Sanitation, dispensaries and jails vaccination Rajputana 1922-1927 - 1922-1927
Year: 1922
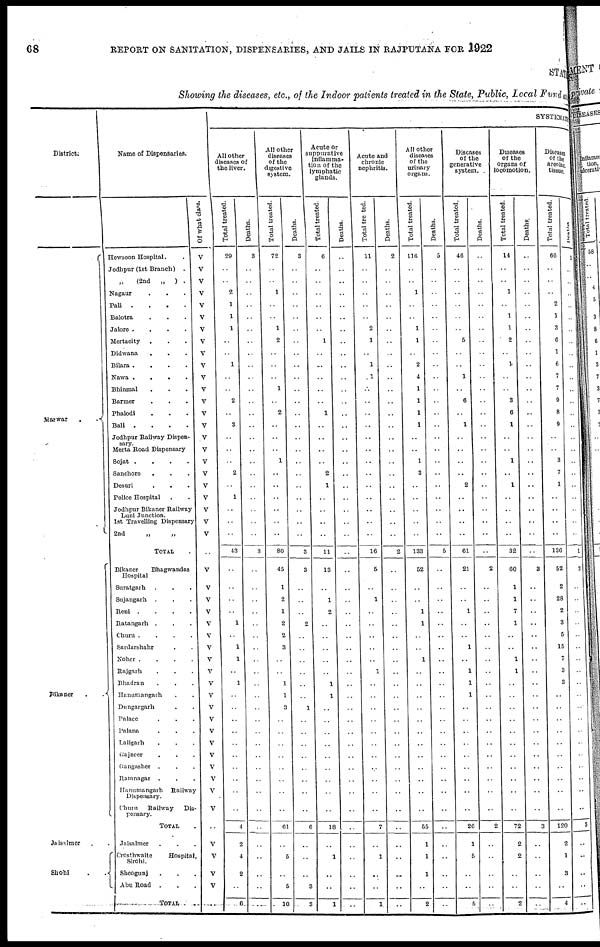
68
REPORT ON SANITATION, DISPENSARIES, AND JAILS IN RAJPUTANA FOR 1922
STATE
Showing the diseases, etc., of the Indoor patients treated in the State, Public, Local Fund a
District.
Marwar
.
.
Bikaner
.
.
Jaisalmer . .
Sirohi
.
.
Name of Dispensaries.
Hewsoon Hospital. .
Jodhpur (1st Branch) .
„ (2nd
„
) .
Nagaur . . . .
Pali .
.
.
.
Balotra . . .
Jalore .
.
.
.
Mertacity . . .
Didwana . . .
Bilara .
.
.
.
Nawa .
.
.
.
Bhinmal . . .
Barmer . . .
Phalodi . . .
Bali .
.
.
.
Jodhpur Railway Dispen¬
sary.
Merta Road Dispensary
Sojat .
.
.
.
Sanchore . . .
Desuri . . .
Police Hospital . .
Jodhpur Bikaner Railway
Luni Junction.
1st Travelling Dispensary
2nd
„ „
TOTAL .
Bikaner
Bhagwandas
Hospital
Suratgarh . . .
Sujangarh . . .
Reni .
.
.
.
Ratangarh . . .
Churu .
.
.
.
Sardarshahr . .
Noher .
.
.
.
Rajgarh . . .
Bhadran . . .
Hanumangarh . .
Dungargarh . .
Palace . . .
Palana . . .
Lallgarh . . .
Gajneer . . .
Gangasher . . .
Ramnagar . . .
Hanumangarh Railway
Dispensary.
Churu Railway
Dis-
pensary.
TOTAL .
Jaisalmer . . .
Crosthwaite
Hospital,
Sirohi.
Sheogunj . . .
Abu Road . . .
TOTAL . .
Of what class.
V
V
V
V
V
V
V
V
V
V
V
V
V
V
V
V
V
V
V
V
V
V
V
V
..
V
V
V
V
V
V
V
V
V
V
V
V
V
V
V
V
V
V
V
V
..
V
V
V
V
..
SYSTEMATIC
All other
diseases of
the liver.
Total treated.
29
..
..
2
1
1
1
..
..
1
..
..
2
..
3
..
..
..
2
..
1
..
..
..
43
..
..
..
..
1
..
1
1
..
1
..
..
..
..
..
..
..
..
..
..
4
2
4
2
..
6
D eaths.
3
..
..
..
..
..
..
..
..
..
..
..
..
..
..
..
..
..
..
..
..
..
..
..
3
..
..
..
..
..
..
..
..
..
..
..
..
..
..
..
..
..
..
..
..
..
..
..
..
..
..
All other
diseases
of the
digestive
system.
Total treated.
72
..
..
1
..
..
1
2
..
..
..
1
..
2
..
..
..
1
..
..
..
..
..
..
80
45
1
2
1
2
2
3
..
..
1
1
3
..
..
..
..
..
..
..
..
61
..
5
..
5
10
Deaths.
3
..
..
..
..
..
..
..
..
..
..
..
..
..
..
..
..
..
..
..
..
..
..
..
3
3
..
..
..
2
..
..
..
..
..
..
1
..
..
..
..
..
..
..
..
6
..
..
..
3
3
Acute or
suppurative
inflamma-
tion of the
lymphatic
glands.
Total treated.
6
..
..
..
..
..
..
1
..
..
..
..
..
1
..
..
..
..
2
1
..
..
..
..
11
13
..
1
2
..
..
..
..
..
1
1
..
..
..
..
..
..
..
..
..
18
..
1
..
..
1
Deaths.
..
..
..
..
..
..
..
..
..
..
..
..
..
..
..
..
..
..
..
..
..
..
..
..
..
..
..
..
..
..
..
..
..
..
..
..
..
..
..
..
..
..
..
..
..
..
..
..
..
..
..
Acute and
chronic
nephritis.
Total treated.
11
..
..
..
..
..
2
1
..
1
..
..
..
..
..
..
..
..
..
..
..
..
..
..
16
5
..
1
..
..
..
..
..
1
..
..
..
..
..
..
..
..
..
..
..
7
..
1
..
..
1
Deaths.
2
..
..
..
..
..
..
..
..
..
..
..
..
..
..
..
..
..
..
..
..
..
..
..
2
..
..
..
..
..
..
..
..
..
..
..
..
..
..
..
..
..
..
..
..
..
..
..
..
..
..
All other
diseases
of the
urinary
organs.
Total treated.
116
..
..
1
..
..
1
1
..
2
4
1
1
1
1
..
..
1
3
..
..
..
..
..
133
52
..
..
1
1
..
..
1
..
..
..
..
..
..
..
..
..
..
..
..
55
1
1
1
..
2
Deaths.
5
..
..
..
..
..
..
..
..
..
..
..
..
..
..
..
..
..
..
..
..
..
..
..
5
..
..
..
..
..
..
..
..
..
..
..
..
..
..
..
..
..
..
..
..
..
..
..
..
..
..
Diseases
of the
generative
system.
Total treated.
46
..
..
..
..
..
..
5
..
..
1
..
6
..
1
..
..
..
..
2
..
..
..
..
61
21
..
..
1
..
..
1
..
1
1
1
..
..
..
..
..
..
..
..
..
26
1
5
..
..
5
Deaths.
..
..
..
..
..
..
..
..
..
..
..
..
..
..
..
..
..
..
..
..
..
..
..
..
..
2
..
..
..
..
..
..
..
..
..
..
..
..
..
..
..
..
..
..
..
2
..
..
..
..
..
Diseases
of the
organs of
locomotion.
Total treated.
14
..
..
1
..
1
1
2
..
1
..
..
3
6
1
..
..
1
..
1
..
..
..
..
32
60
1
1
7
1
..
..
1
1
..
..
..
..
..
..
..
..
..
..
..
72
2
2
..
..
2
Deaths .
..
..
..
..
..
..
..
..
..
..
..
..
..
..
..
..
..
..
..
..
..
..
..
..
..
3
..
..
..
..
..
..
..
..
..
..
..
..
..
..
..
..
..
..
..
3
..
..
..
..
..
Diseases
of the
areolar.
tissue.
Total treated.
66
..
..
..
2
1
3
6
1
6
7
7
9
8
9
..
..
3
7
1
..
..
..
..
136
52
2
28
2
3
5
15
7
3
3
..
..
..
..
..
..
..
..
..
..
120
2
1
3
..
4
Deaths.
1
..
..
..
..
..
..
..
..
..
..
..
..
..
..
..
..
..
..
..
..
..
..
..
1
3
..
..
..
..
..
..
..
..
..
..
..
..
..
..
..
..
..
..
..
3
..
..
..
..
..